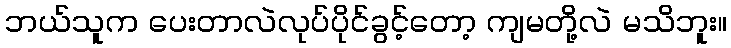
ဘယ်သူက ပေးတာလဲလုပ်ပိုင်ခွင့်တော့ ကျမတို့လဲ မသိဘူး။